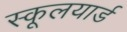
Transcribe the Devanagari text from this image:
स्कूलयार्ड